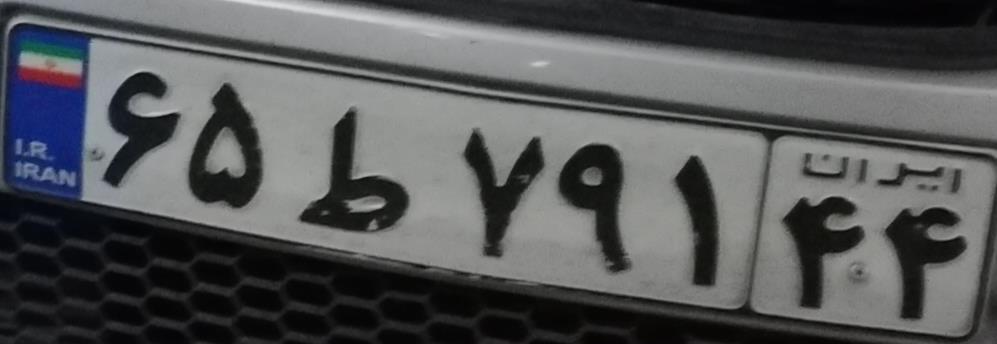
۶۵ط۷۹۱۴۴